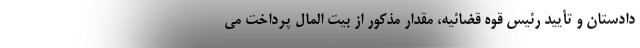
دادستان و تأیید رئیس قوه قضائیه، مقدار مذکور از بیت المال پرداخت می